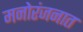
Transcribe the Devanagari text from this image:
मनोरंजनात